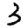
Digit: 3